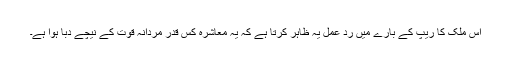
اس ملک کا ریپ کے بارے میں رد عمل یہ ظاہر کرتا ہے کہ یہ معاشرہ کس قدر مردانہ قوت کے نیچے دبا ہوا ہے۔